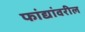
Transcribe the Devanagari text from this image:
फांद्यांवरील